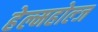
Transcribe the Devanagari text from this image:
हेल्महोल्ज